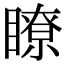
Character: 瞭